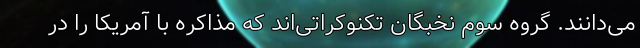
می‌دانند. گروه سوم نخبگان تکنوکراتی‌اند که مذاکره با آمریکا را در